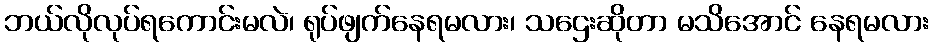
ဘယ်လိုလုပ်ရကောင်းမလဲ၊ ရုပ်ဖျက်နေရမလား၊ သဌေးဆိုတာ မသိအောင် နေရမလား